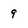
Character: 9